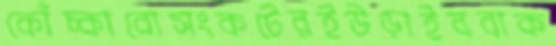
কোঁচ্‌কাবোসংকটেরইউড়াইববাক